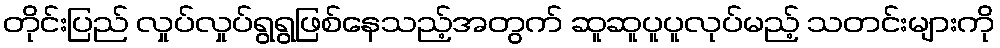
တိုင်းပြည် လှုပ်လှုပ်ရွရွဖြစ်နေသည့်အတွက် ဆူဆူပူပူလုပ်မည့် သတင်းများကို